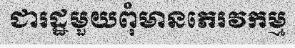
ជារដ្ឋមួយពុំមានភេរវកម្ម